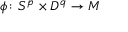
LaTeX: \phi \colon S ^ { p } \times D ^ { q } \to M